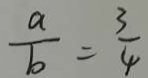
\frac { a } { b } = \frac { 3 } { 4 }